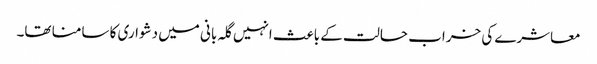
معاشرے کی خراب حالت کے باعث انہیں گلہ بانی میں دشواری کا سامنا تھا۔